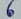
Text: 6